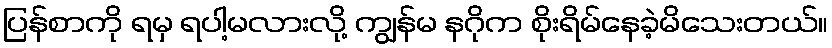
ပြန်စာကို ရမှ ရပါ့မလားလို့ ကျွန်မ နဂိုက စိုးရိမ်နေခဲ့မိသေးတယ်။